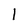
Character: 1